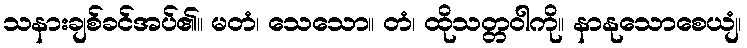
သနားချစ်ခင်အပ်၏။ မတံ၊ သေသော။ တံ၊ ထိုသတ္တဝါကို။ နာနုသောစေယျံ၊